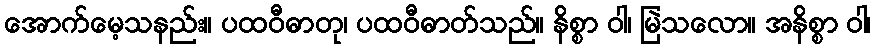
အောက်မေ့သနည်း။ ပထဝီဓာတု၊ ပထဝီဓာတ်သည်။ နိစ္စာ ဝါ၊ မြဲသလော။ အနိစ္စာ ဝါ၊